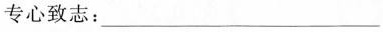
专心致志：___